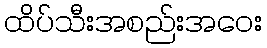
ထိပ်သီးအစည်းအဝေး